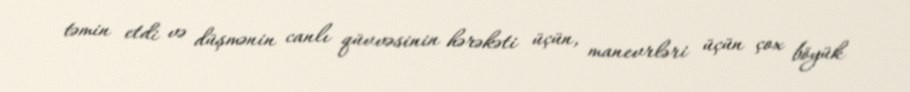
təmin etdi və düşmənin canlı qüvvəsinin hərəkəti üçün, manevrləri üçün çox böyük